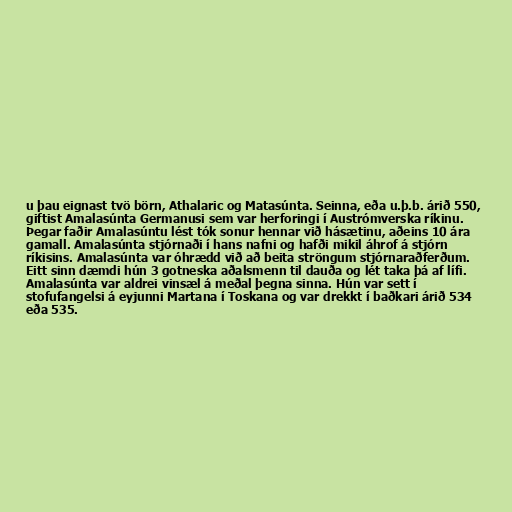
u þau eignast tvö börn, Athalaric og Matasúnta. Seinna, eða u.þ.b. árið 550,
giftist Amalasúnta Germanusi sem var herforingi í Austrómverska ríkinu.
Þegar faðir Amalasúntu lést tók sonur hennar við hásætinu, aðeins 10 ára
gamall. Amalasúnta stjórnaði í hans nafni og hafði mikil áhrof á stjórn
ríkisins. Amalasúnta var óhrædd við að beita ströngum stjórnaraðferðum.
Eitt sinn dæmdi hún 3 gotneska aðalsmenn til dauða og lét taka þá af lífi.
Amalasúnta var aldrei vinsæl á meðal þegna sinna. Hún var sett í
stofufangelsi á eyjunni Martana í Toskana og var drekkt í baðkari árið 534
eða 535.